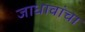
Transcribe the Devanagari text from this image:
जाधावांचा